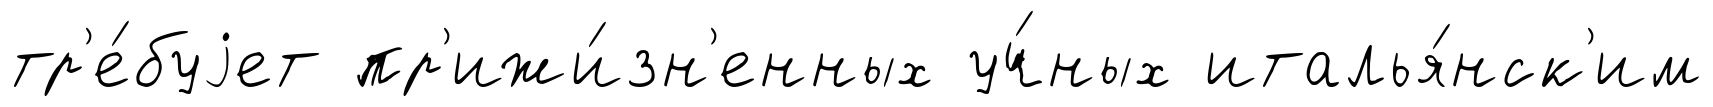
тр'е́буjет пр'ижи́зн'енных уч́ных италья́нск'им